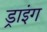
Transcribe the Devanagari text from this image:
ड्राइंंग